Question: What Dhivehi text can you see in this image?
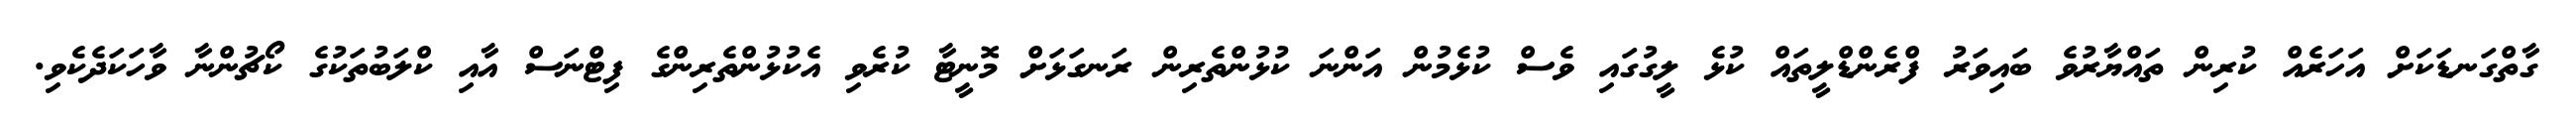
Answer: ގާތްގަނޑަކަށް އަހަރެއް ކުރިން ތައްޔާރުވެ ބައިވަރު ފްރެންޑްލީތައް ކުޅެ ލީގުގައި ވެސް ކުޅެމުން އަންނަ ކުޅުންތެރިން ރަނގަޅަށް މޮނީޓާ ކުރެވި އެކުޅުންތެރިންގެ ފިޓްނަސް އާއި ކްލަބުތަކުގެ ކޯޗުންނާ ވާހަކަދެކެވި.